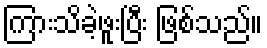
ကြားသိခဲ့ဖူးပြီး ဖြစ်သည်။